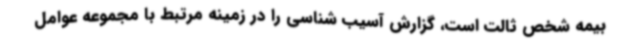
بیمه شخص ثالت است، گزارش آسیب شناسی را در زمینه مرتبط با مجموعه عوامل